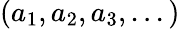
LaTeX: (a_{1},a_{2},a_{3},...)